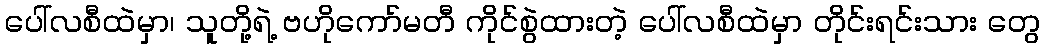
ပေါ်လစီထဲမှာ၊ သူတို့ရဲ့ ဗဟိုကော်မတီ ကိုင်စွဲထားတဲ့ ပေါ်လစီထဲမှာ တိုင်းရင်းသား တွေ